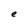
Character: e